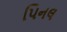
પિનલ